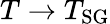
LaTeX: T\to T_{\mathrm{SG}}